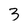
Character: 3